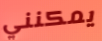
يمكنني